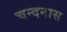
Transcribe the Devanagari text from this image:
चन्दनास